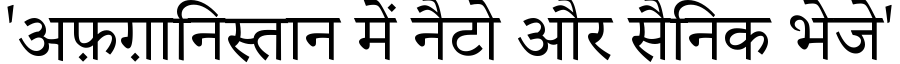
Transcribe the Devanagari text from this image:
'अफ़ग़ानिस्तान में नैटो और सैनिक भेजे'